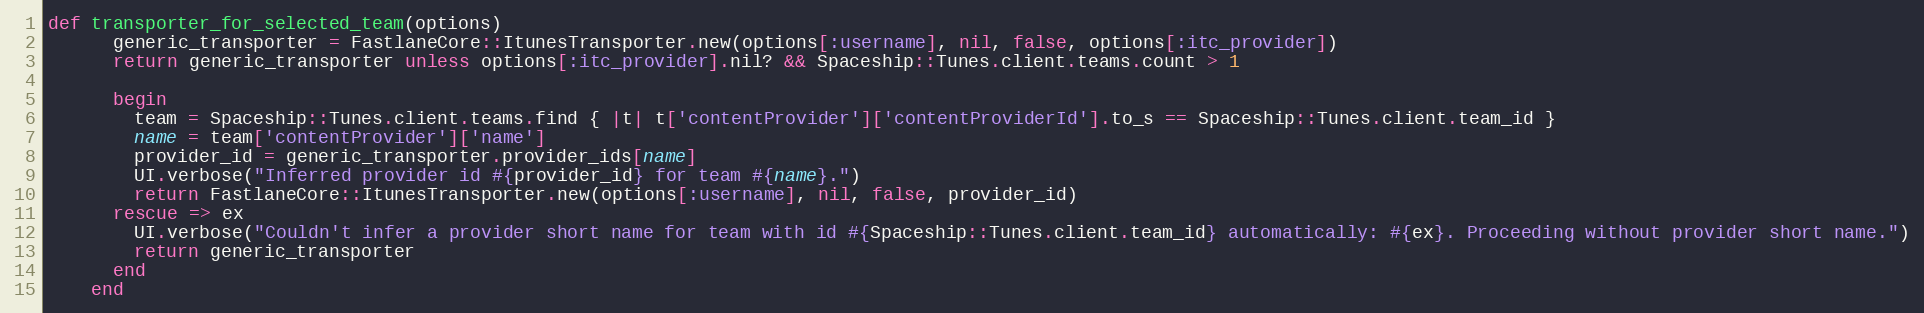
Language: Ruby
def transporter_for_selected_team(options)
      generic_transporter = FastlaneCore::ItunesTransporter.new(options[:username], nil, false, options[:itc_provider])
      return generic_transporter unless options[:itc_provider].nil? && Spaceship::Tunes.client.teams.count > 1

      begin
        team = Spaceship::Tunes.client.teams.find { |t| t['contentProvider']['contentProviderId'].to_s == Spaceship::Tunes.client.team_id }
        name = team['contentProvider']['name']
        provider_id = generic_transporter.provider_ids[name]
        UI.verbose("Inferred provider id #{provider_id} for team #{name}.")
        return FastlaneCore::ItunesTransporter.new(options[:username], nil, false, provider_id)
      rescue => ex
        UI.verbose("Couldn't infer a provider short name for team with id #{Spaceship::Tunes.client.team_id} automatically: #{ex}. Proceeding without provider short name.")
        return generic_transporter
      end
    end